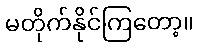
မတိုက်နိုင်ကြတော့။